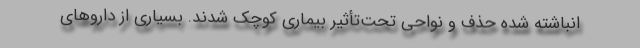
انباشته‌ شده حذف و نواحی تحت‌تأثیر بیماری کوچک شدند. بسیاری از داروهای